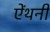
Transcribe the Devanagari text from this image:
ऐंथनी